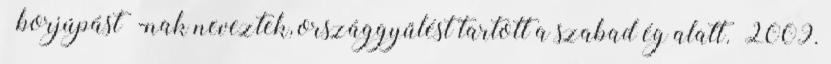
«borjúpást»-nak neveztek, országgyűlést tartott a szabad ég alatt. 2009.